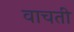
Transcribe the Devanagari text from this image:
वाचती